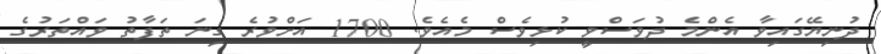
ދުނިޔޭގައިވާ އެންމެ ދުވަސްވީ ކުޅިވެސް މެއެވެ. 1700 އަށްވުރެ ގިނަ ތަފާތު ވައްތަރުގެ